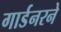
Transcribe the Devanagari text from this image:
गार्डनरने